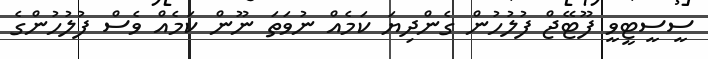
ސީސީޓީވީ ފޫޓޭޖް ފުލުހުން ގެންދިޔަ ކަމެއް ނުވަތަ ނޫން ކަމެއް ވެސް ފުލުހުންގެ